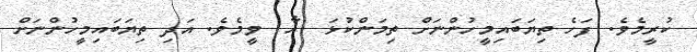
ކުރީމެވެ. ފަހެ ތިޔަބައިމީހުންނަށް ތިމަންކުޅަ  އާ  ވީމެވެ. އަދި ތިޔަބައިމީހުންނަށް